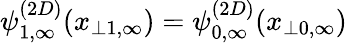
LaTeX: \psi_{1,\infty}^{(2D)}(x_{\perp 1,\infty})=\psi_{0,\infty}^{(2D)}(x_{\perp 0,\infty})